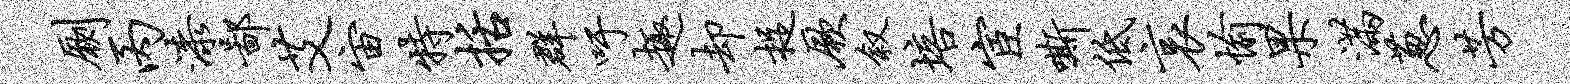
劂丙漆鄙艾宙特括群吁趣却捉厥叙培宦嘶低哀愉果满葱芳